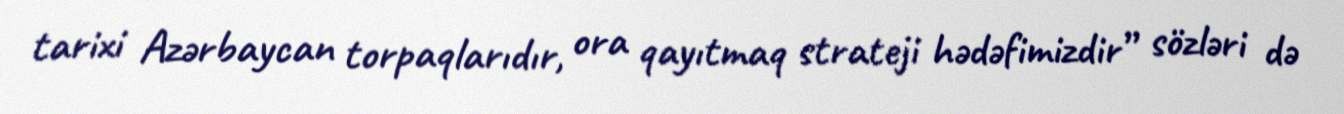
tarixi Azərbaycan torpaqlarıdır, ora qayıtmaq strateji hədəfimizdir” sözləri də